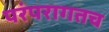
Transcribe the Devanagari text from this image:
परंपरागतच